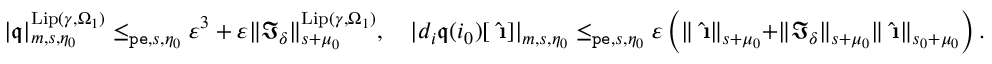
\begin{array} { r } { | \mathfrak { q } | _ { m , s , \eta _ { 0 } } ^ { \mathrm { L i p } ( \gamma , \Omega _ { 1 } ) } \le _ { \mathtt { p e } , s , \eta _ { 0 } } \varepsilon ^ { 3 } + \varepsilon \rVert \mathfrak { I } _ { \delta } \rVert _ { s + \mu _ { 0 } } ^ { \mathrm { L i p } ( \gamma , \Omega _ { 1 } ) } , \quad | d _ { i } \mathfrak { q } ( i _ { 0 } ) [ \hat { \textbf { \i } } ] | _ { m , s , \eta _ { 0 } } \le _ { \mathtt { p e } , s , \eta _ { 0 } } \varepsilon \left( \rVert \hat { \textbf { \i } } \rVert _ { s + \mu _ { 0 } } + \rVert \mathfrak { I } _ { \delta } \rVert _ { s + \mu _ { 0 } } \rVert \hat { \textbf { \i } } \rVert _ { s _ { 0 } + \mu _ { 0 } } \right) . } \end{array}